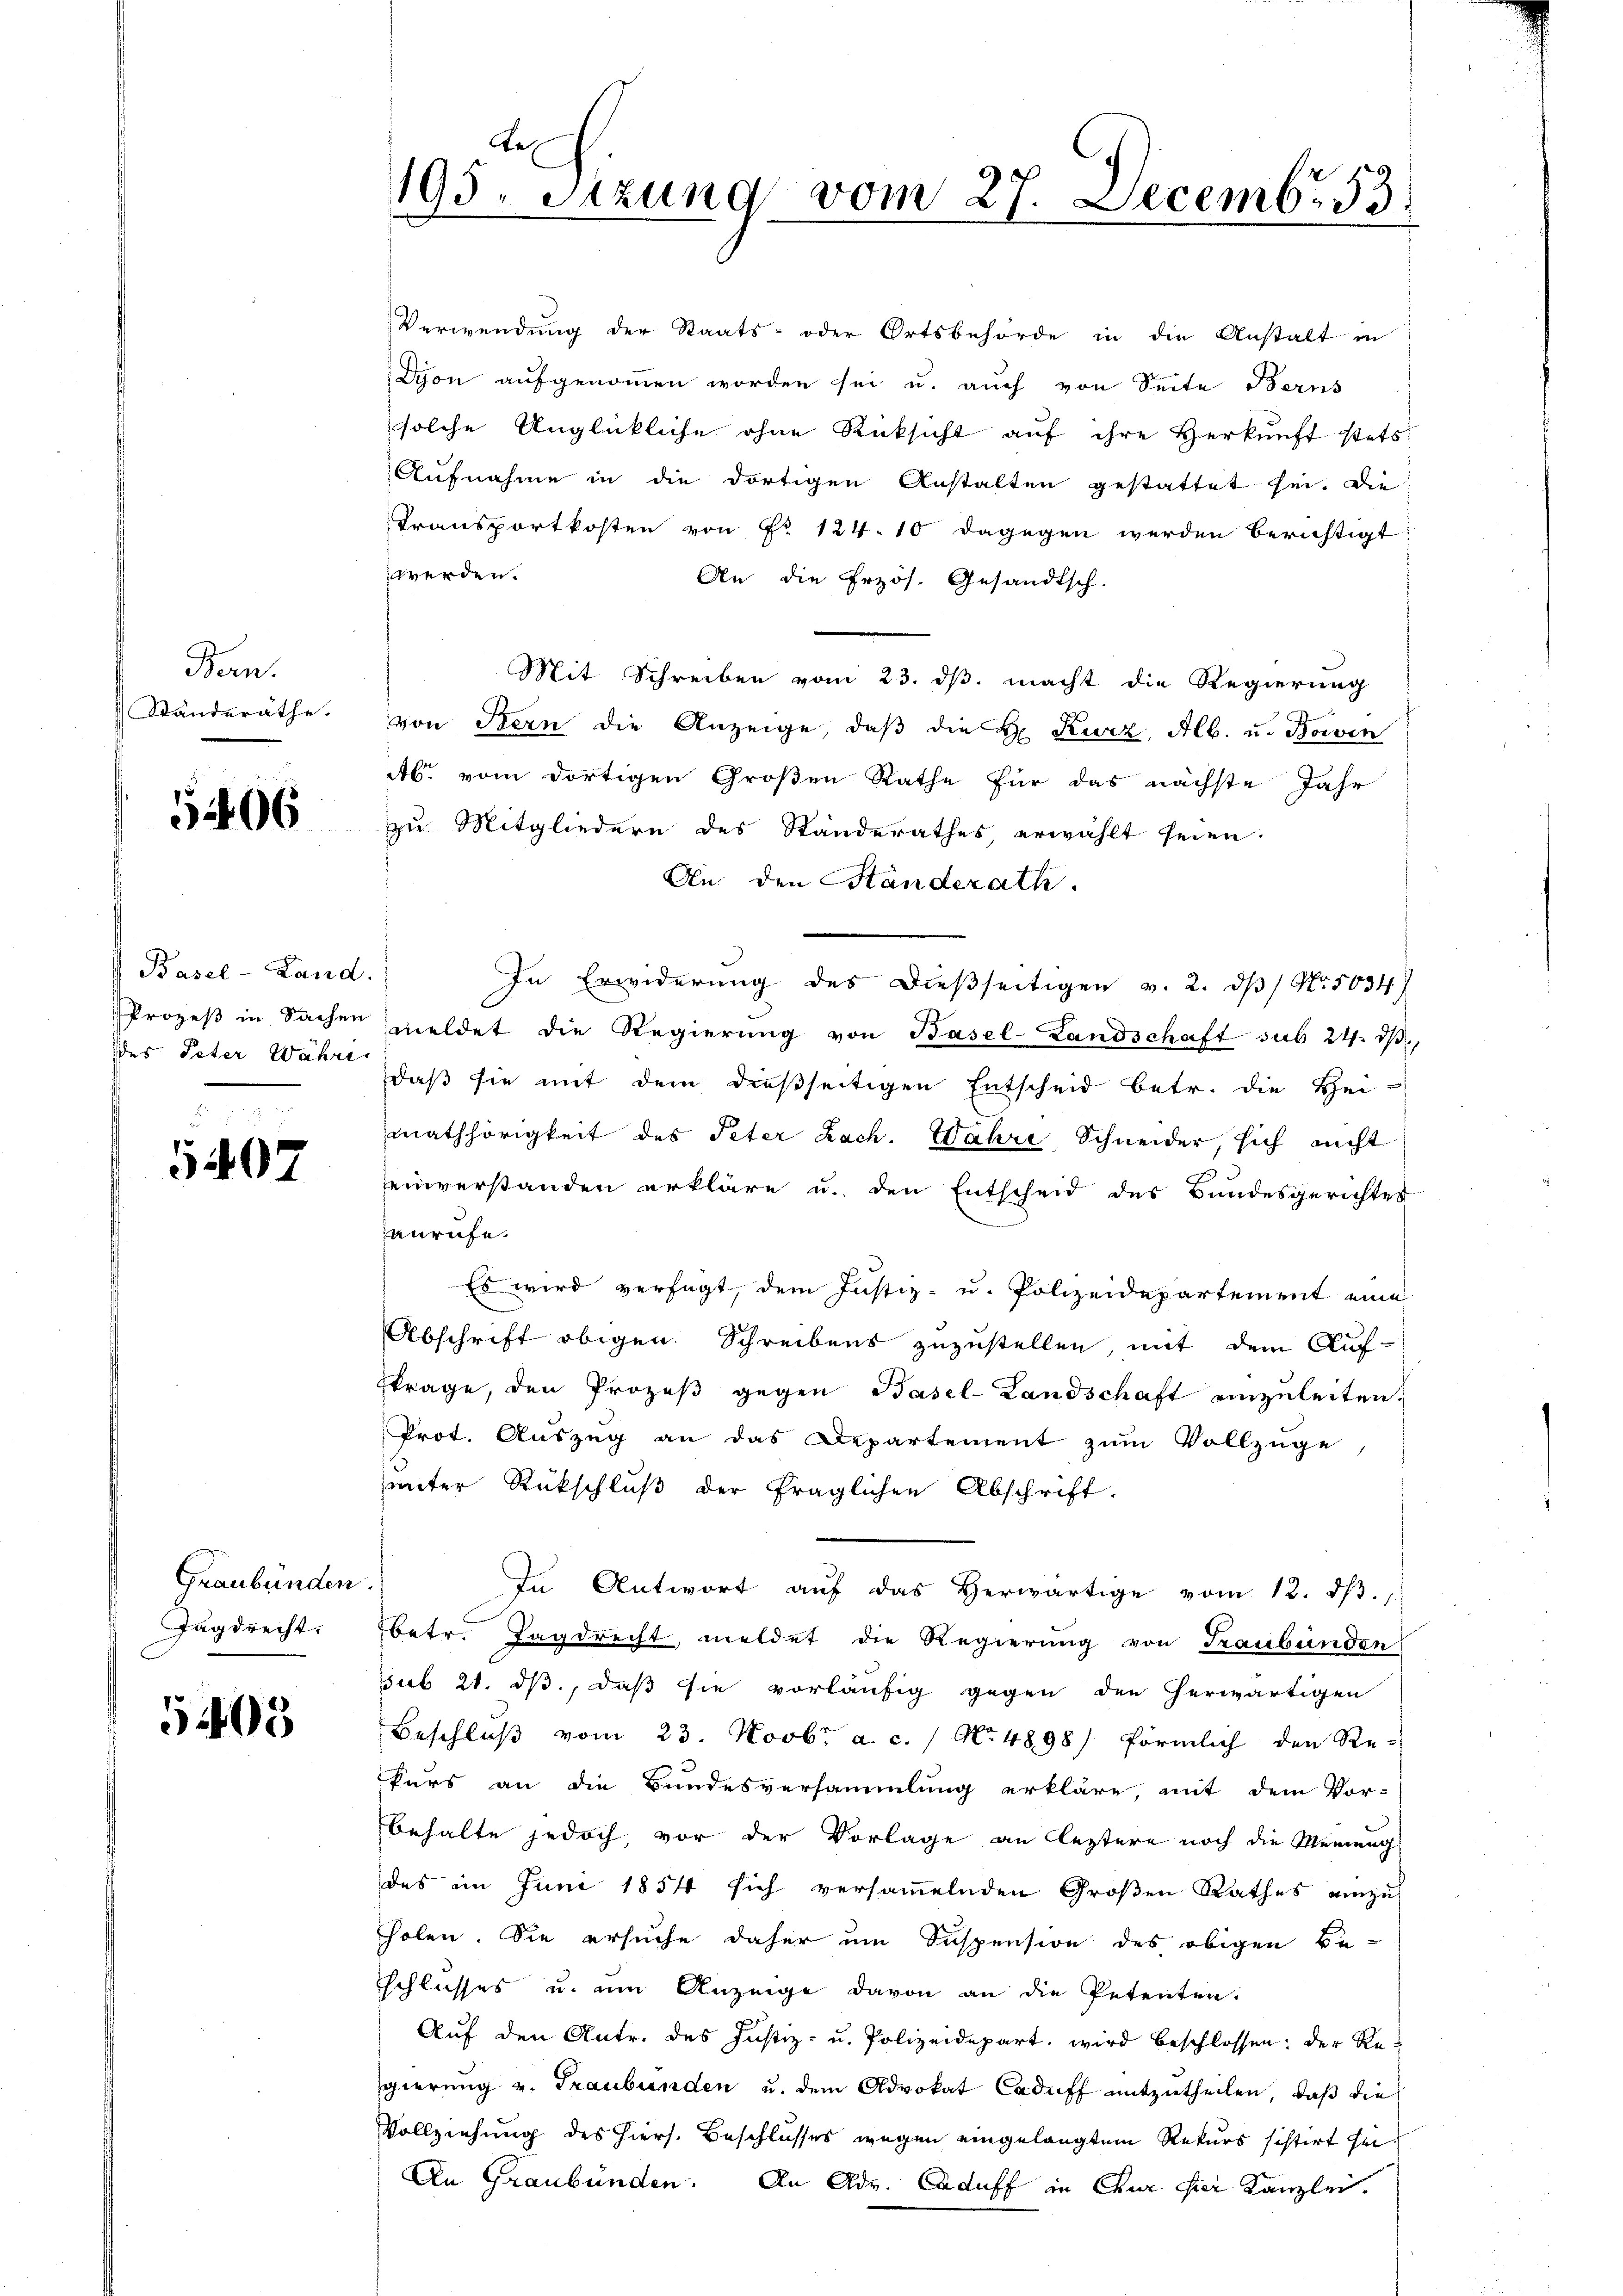
Bern.
Ständeräthe.

5406

Basel-Land.
des Peter Währe

5407

Graubünden.
Tagdrecht.

5403

e
195. Sitzung vom 27. Decemb. 53.

Verwendung der Staats- oder Ortsbehörde in die Anstalt in
Dyon aufgenommen worden sei u. auch von Seite Berns
solche Unglückliche ohne Rücksicht auf ihre Herkunft stets
Aufnahme in die dortigen Anstalten gestattet sei. Die
Transportkosten von Nr 124. 10 dagegen werden berichtigt
werden.
An die Erzös. Gesandtsch.
Mit Schreiben vom 23. ds. macht die Regierung
von Stern die Anzeige, daß die H. Kurz, Alb. und Boivin
Ab. vom dortigen Großen Rathe für das nächste Jahr
zu Mitgliedern des Standerathes erwählt seien.
An den Standerath.
In Erwiderung des dießseitigen v. 2. ds No. 5034)
Prozeβ in Sachen meldet die Regierŭng von Basel-Landschaft sub 24. dβ,
daß sie mit dem dießseitigen Entscheid betr. die Hei-
mathörigkeit des Peter Lach. Wahre Schneider, sich nicht
einverstanden erkläre u. den Entscheid des Bundesgerichtes
anrufe.
Es wird verfügt, dem Justiz- u. Polizeidepartement eine
Abschrift obigen Schreibens zuzustellen, mit dem Auf-
ftrage, den Prozeß gegen Basel-Landschaft einzuleiten.
Prot. Auszug an das Departement zum Vollzüge
unter Rückschluß der fraglichen Abschrift,
In Antwort aŭf das herwärtige vom 12. dβ.
betr. Tagdrecht, meldet die Regierung von Graubünden
ssub 21. ds, daß sie vorläufig gegen den herwärtigen
Beschluß vom 23. Novbr. a. c. 1 No 4898/ förmlich den Re-
kurs an die Bundesversammlung erkläre, mit dem Vor-
behalte jedoch, vor der Vorlage an leztere noch die Meinung
des im Juni 1854 sich versammelnden Großen Rathes einzus
holen. Sie ersuche daher um Suspension des obigen Be-
Eschlusses u. um Anzeige davon an die Petenten.
Auf den Antr. des Justiz- u. Polizeidepart wird beschlossen: der Re-
gierung v. Graubünden u. dem Advokat Caduff mitzutheilen, daß die
Vollziehung des hiers. Beschlusses wegen eingelangtem Rekurs schirt sei¬
An Graubünden. An Adv. Caduff in Chur hier Kanzlei.